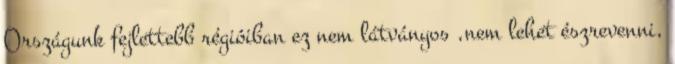
Országunk fejlettebb régióiban ez nem látványos ,nem lehet észrevenni,